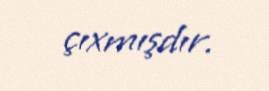
çıxmışdır.